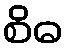
စိဓ